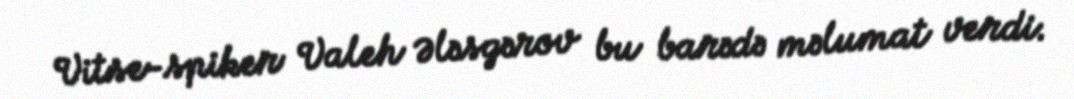
Vitse-spiker Valeh Ələsgərov bu barədə məlumat verdi.